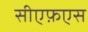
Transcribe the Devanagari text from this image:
सीएफ़एस